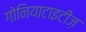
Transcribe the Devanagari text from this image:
गोनियाटाइटीज़